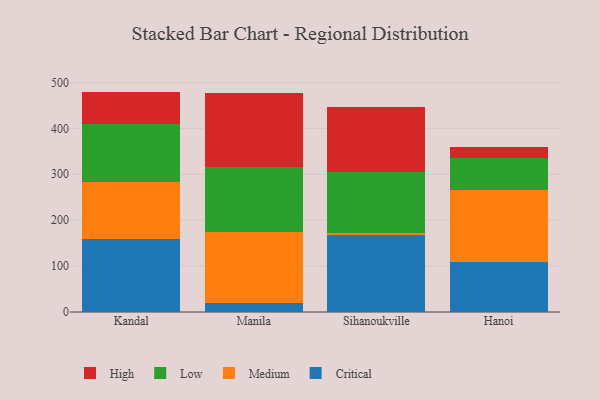
{"axis": {"x": "City", "y": "Churn Rate (%)"}, "legend": ["Critical", "High", "Low", "Medium"], "data": [{"x": "Kandal", "y": 159.4, "type": "Critical"}, {"x": "Kandal", "y": 123.5, "type": "Medium"}, {"x": "Kandal", "y": 125.6, "type": "Low"}, {"x": "Kandal", "y": 71.6, "type": "High"}, {"x": "Manila", "y": 20.1, "type": "Critical"}, {"x": "Manila", "y": 154.3, "type": "Medium"}, {"x": "Manila", "y": 141.6, "type": "Low"}, {"x": "Manila", "y": 161.3, "type": "High"}, {"x": "Sihanoukville", "y": 167.2, "type": "Critical"}, {"x": "Sihanoukville", "y": 5.7, "type": "Medium"}, {"x": "Sihanoukville", "y": 131.4, "type": "Low"}, {"x": "Sihanoukville", "y": 141.9, "type": "High"}, {"x": "Hanoi", "y": 108.7, "type": "Critical"}, {"x": "Hanoi", "y": 156.6, "type": "Medium"}, {"x": "Hanoi", "y": 69.8, "type": "Low"}, {"x": "Hanoi", "y": 25.3, "type": "High"}]}